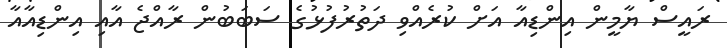
ރައީސް ޔާމީން އިންޑިއާ އަށް ކުރެއްވި ދަތުުރުފުޅުގެ ސަބަބުން ރާއްޖެ އާއި އިންޑިއާއާ